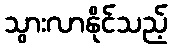
သွားလာနိုင်သည့်